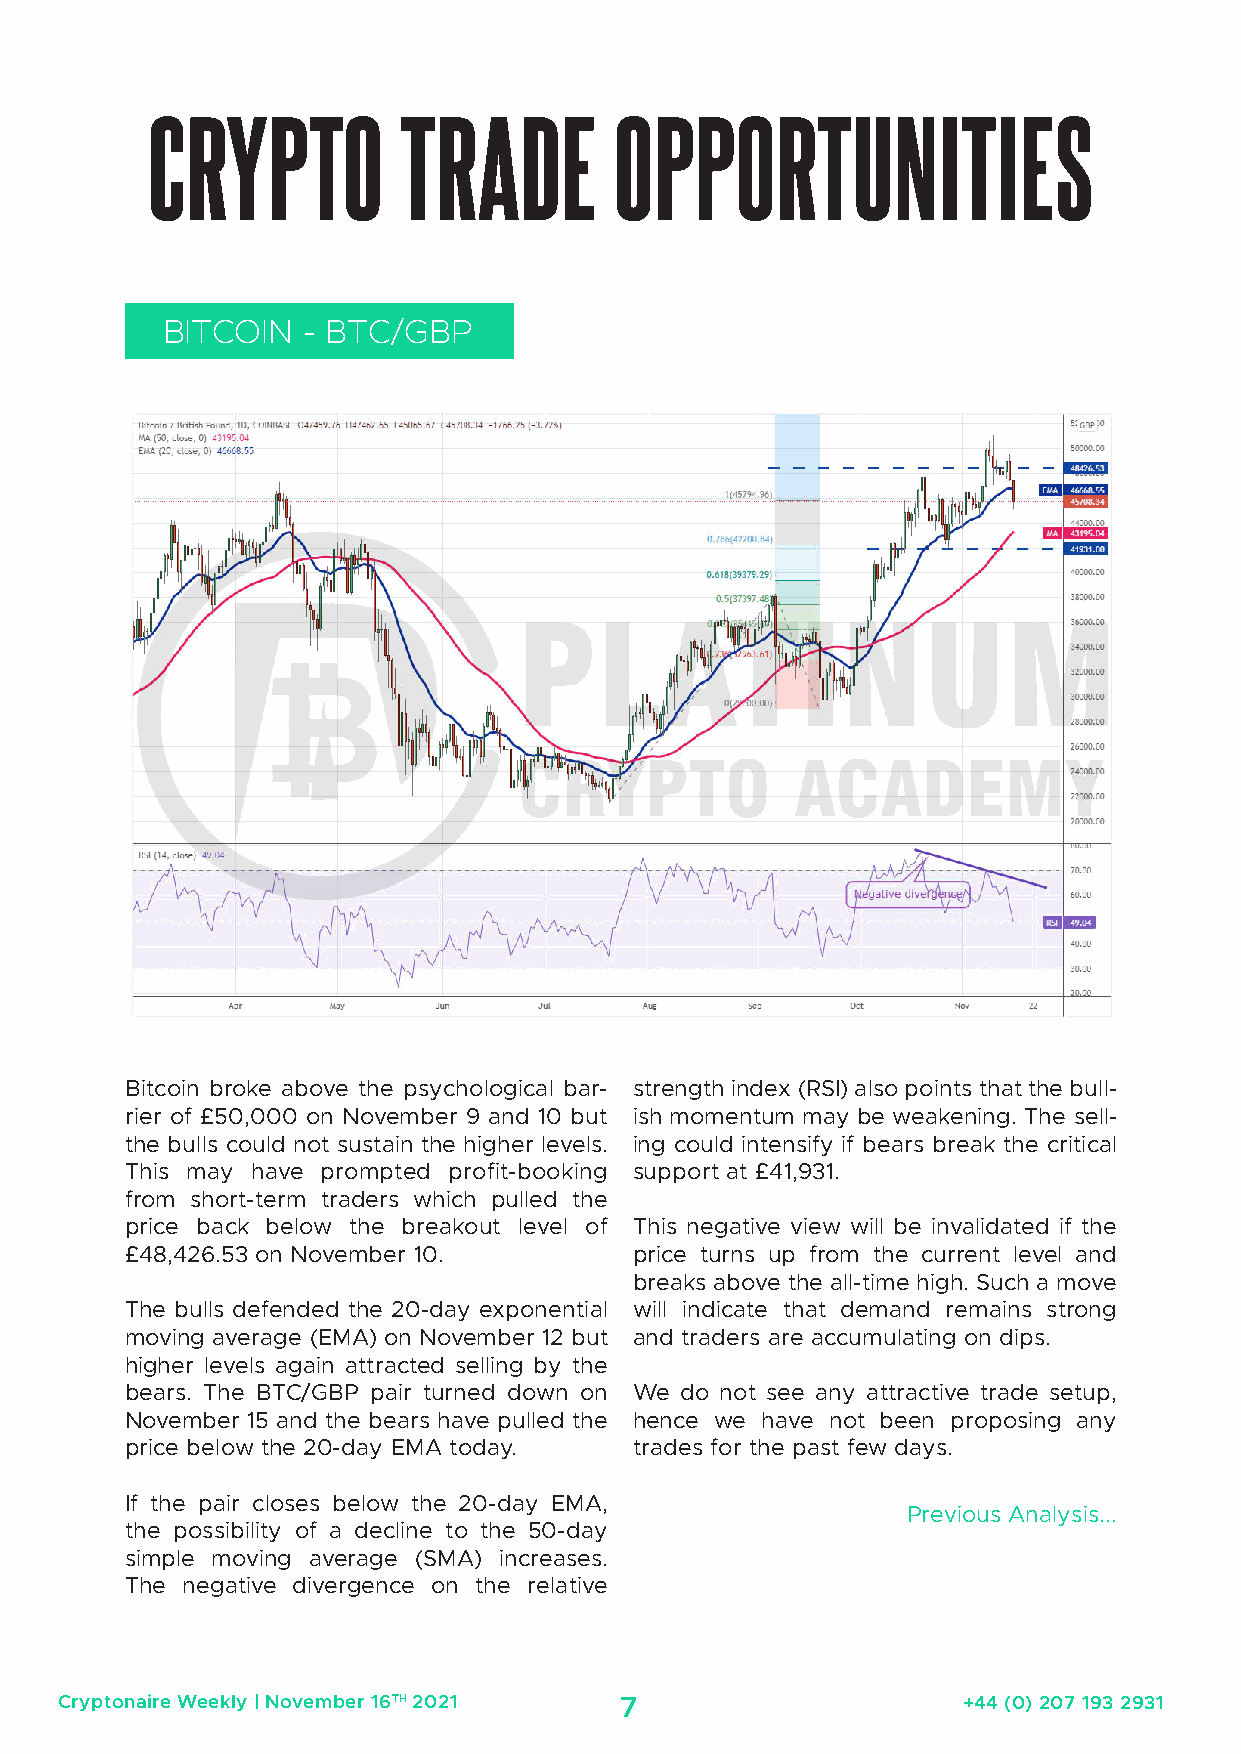
CRYPTO          TRADE          OPPORTUNITIES
 BITCOIN  - BTC/GBP
 Bitcoin broke above the psychological bar- strength index (RSI) also points that the bull-
 rier of £50,000 on November 9 and 10 but ish momentum may be weakening. The sell-
 the bulls could not sustain the higher levels. ing could intensify if bears break the critical
 This may have prompted profit-booking support at £41,931.
 from short-term traders which pulled the
 price back below the breakout level of This negative view will be invalidated if the
 £48,426.53 on November 10.        price turns up from the current level and
 breaks above the all-time high. Such a move
 The bulls defended the 20-day exponential will indicate that demand remains strong
 moving average (EMA) on November 12 but and traders are accumulating on dips.
 higher levels again attracted selling by the
 bears. The BTC/GBP pair turned down on We do not see any attractive trade setup,
 November 15 and the bears have pulled the hence we have not been proposing any
 price below the 20-day EMA today. trades for the past few days.
 If the pair closes below the 20-day EMA,
 Previous Analysis...
 the possibility of a decline to the 50-day
 simple moving average (SMA) increases.
 The negative divergence on the relative
 Cryptonaire Weekly | November 16TH 2021 7                   +44 (0) 207 193 2931